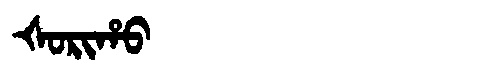
Manchu: ᡧᠣᡵᡳᡥᠣ
Romanization: ŠORIHO